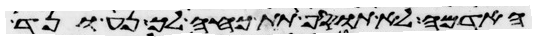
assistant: האדמה לא תוסיף תת כחה לך נע ונד